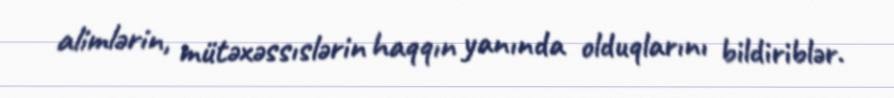
alimlərin, mütəxəssıslərin haqqın yanında olduqlarını bildiriblər.